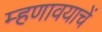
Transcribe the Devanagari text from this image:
म्हणावयाचें